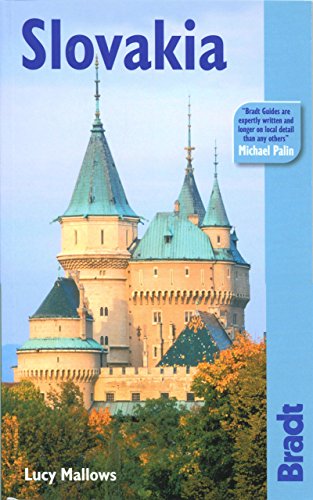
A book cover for Slovakia: The Bradt Travel Guide; Lucy Mallows; Travel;